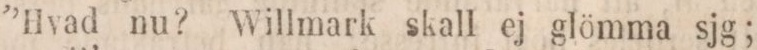
”Hvad nu?” Willmark skall ej glömma sjg;